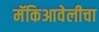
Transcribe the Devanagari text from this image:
मॅकिआवेलीचा